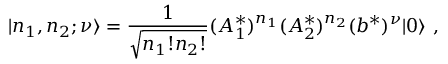
| n _ { 1 } , n _ { 2 } ; \nu \rangle = \frac { 1 } { \sqrt { n _ { 1 } ! n _ { 2 } ! } } ( A _ { 1 } ^ { * } ) ^ { n _ { 1 } } ( A _ { 2 } ^ { * } ) ^ { n _ { 2 } } ( b ^ { * } ) ^ { \nu } | 0 \rangle \ ,